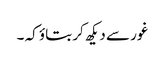
غور سے دیکھ کر بتاؤ کہ ۔